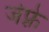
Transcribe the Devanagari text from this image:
जेफ़्रे